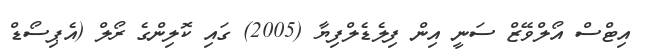
އިޓްސް އޯލްވޭޒް ސަނީ އިން ފިލެޑެލްފިޔާ (2005) ގައި ކޮލިންގެ ރޯލް (އެޕިސޯޑް